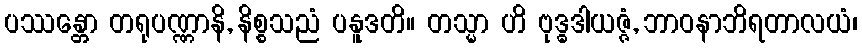
ပဿန္တော တရုပဏ္ဏာနိ, နိစ္စသညံ ပနူဒတိ။ တသ္မာ ဟိ ဗုဒ္ဓဒါယဇ္ဇံ, ဘာဝနာဘိရတာလယံ၊